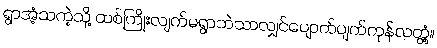
ရွာအံ့သကဲ့သို့ ထစ်ကြိုးလျက်မရွာဘဲသာလျှင်ပျောက်ပျက်ကုန်လတ္တံ့။